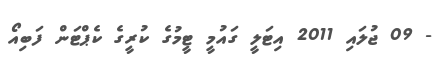
- 09 ޖުލައި 2011 އިޓަލީ ގައުމީ ޓީމުގެ ކުރީގެ ކެޕްޓަން ފަބިއޯ